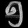
Digit: ၅